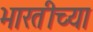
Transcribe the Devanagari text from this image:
भारतीच्या